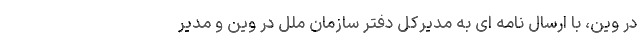
در وین، با ارسال نامه ای به مدیرکل دفتر سازمان ملل در وین و مدیر